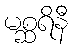
မစ္ဆရိနီ